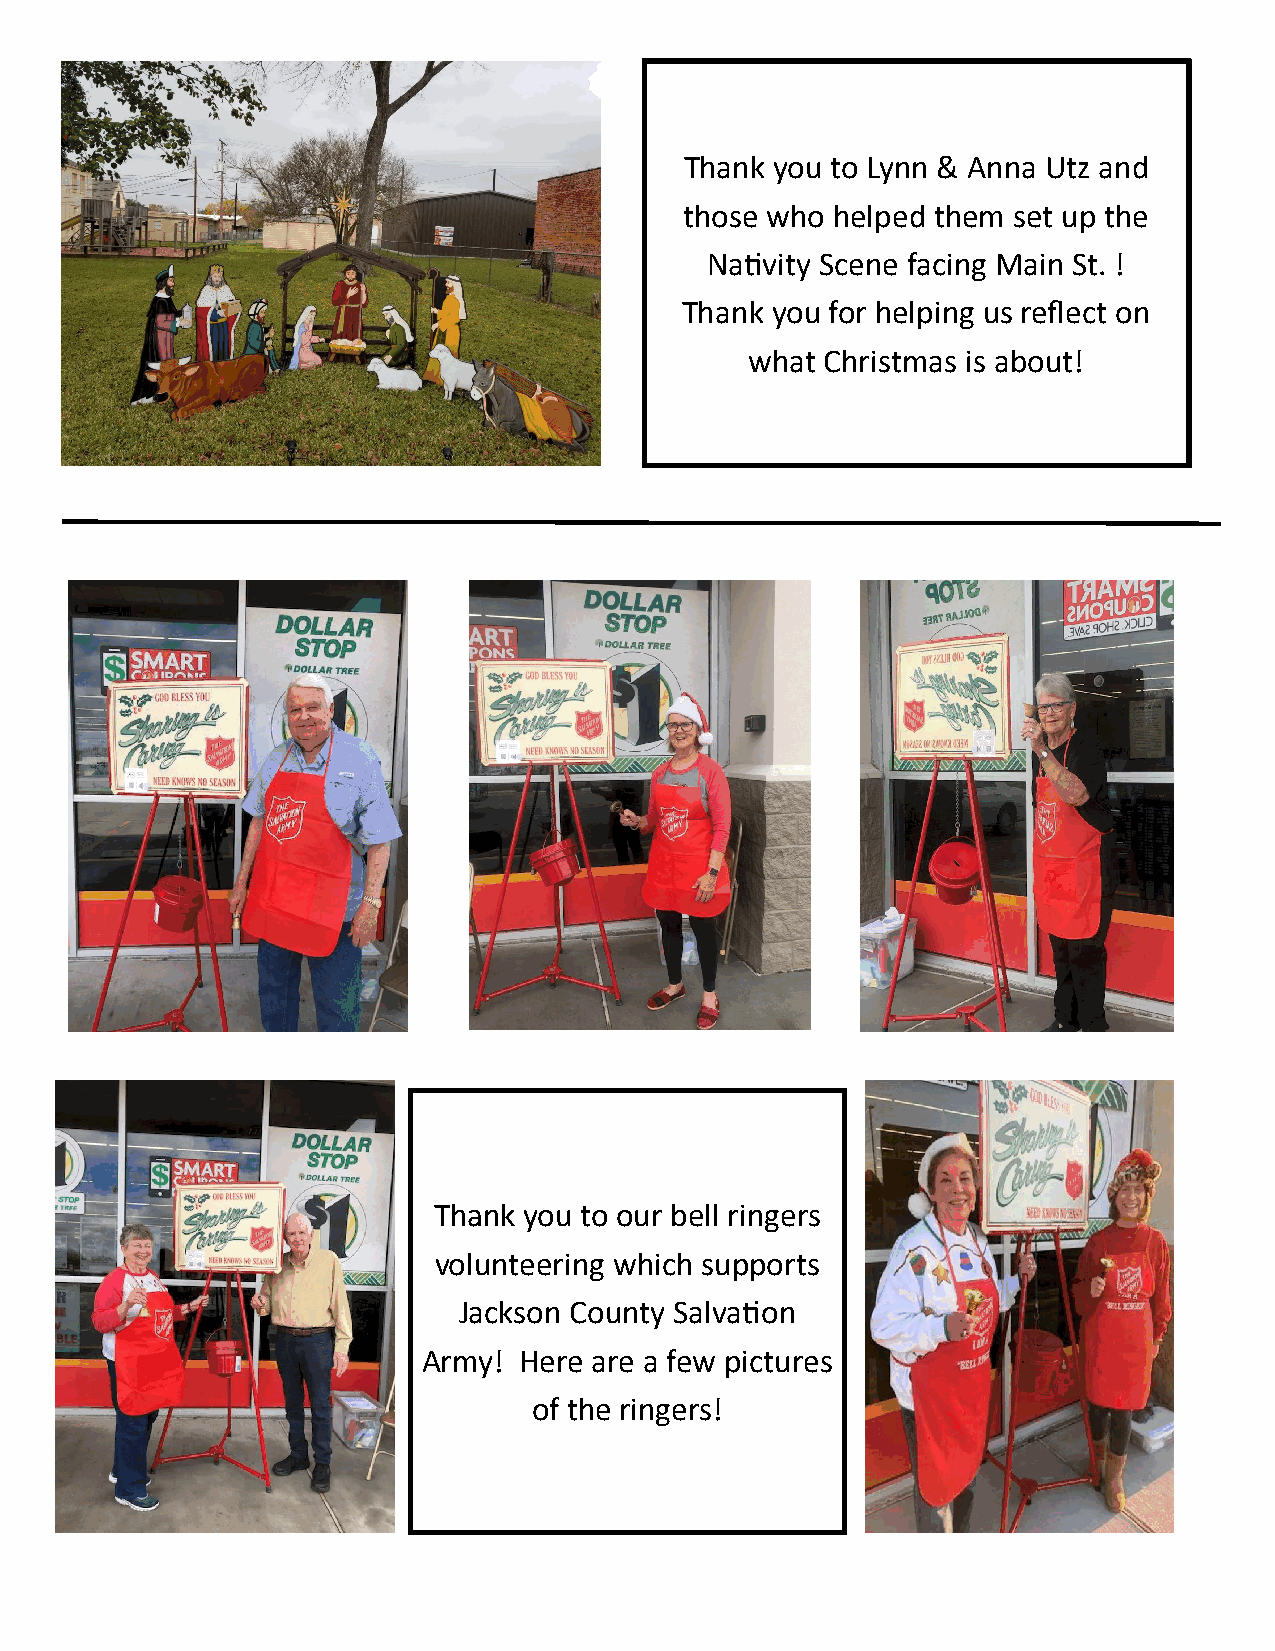
Thank you to Lynn & Anna Utz and
 those who helped them set up the
 Nativity Scene facing Main St. !
 Thank you for helping us reflect on
 what Christmas is about!
 Thank you to our bell ringers
 volunteering which supports
 Jackson County Salvation
 Army! Here are a few pictures
 of the ringers!